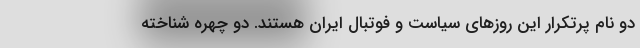
دو نام پرتکرار این روزهای سیاست و فوتبال ایران هستند. دو چهره شناخته